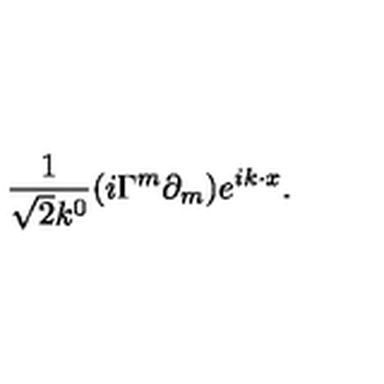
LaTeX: \frac { 1 } { \sqrt { 2 } k ^ { 0 } } ( i \Gamma ^ { m } \partial _ { m } ) e ^ { i k \cdot x } .